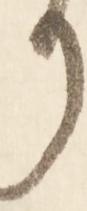
り